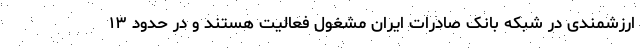
ارزشمندی در شبکه بانک صادرات ایران مشغول فعالیت هستند و در حدود ١٣